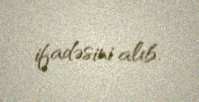
ifadəsini alıb.